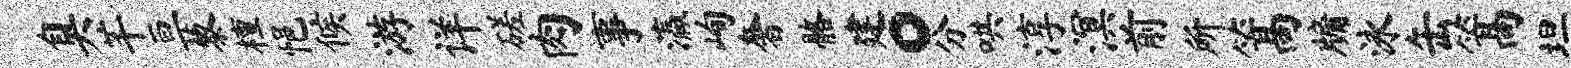
臭芊亘藜檀悒候游详磋肉事瀛峋奢髂建。分哄淳溟前所篙牖泳缶篙坦